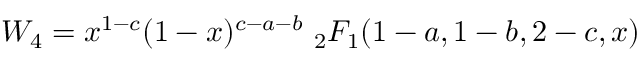
W _ { 4 } = x ^ { 1 - c } ( 1 - x ) ^ { c - a - b } \ _ { 2 } F _ { 1 } ( 1 - a , 1 - b , 2 - c , x )